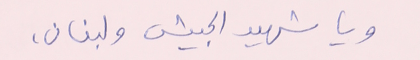
ويا شهيد الجيش ولبنان،